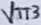
Text: VTT3